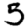
Digit: 5